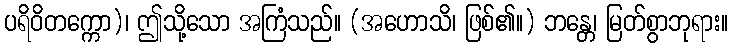
ပရိဝိတက္ကော)၊ ဤသို့သော အကြံသည်။ (အဟောသိ၊ ဖြစ်၏။) ဘန္တေ၊ မြတ်စွာဘုရား။